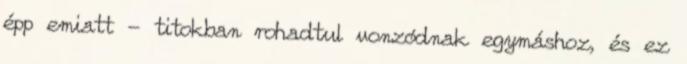
épp emiatt - titokban rohadtul vonzódnak egymáshoz, és ez